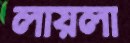
লায়লা